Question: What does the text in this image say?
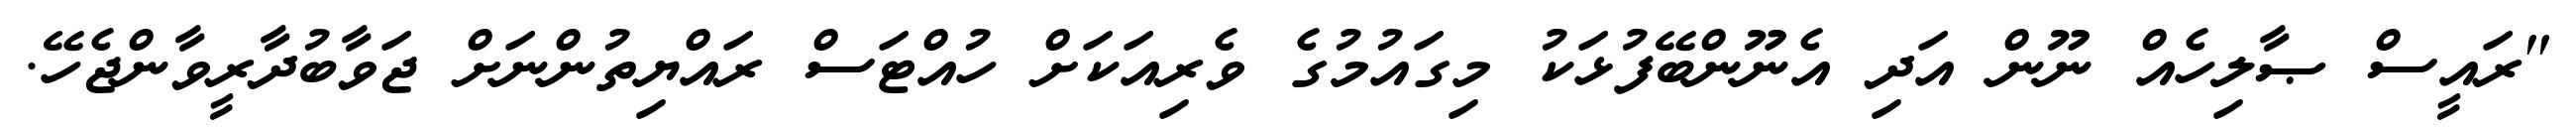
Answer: "ރައީސް ޞާލިހެއް ނޫން އަދި އެނޫންބޭފުޅަކު މިގައުމުގެ ވެރިއަކަށް ހުއްޓަސް ރައްޔިތުންނަށް ޖަވާބުދާރީވާންޖެހޭ.